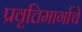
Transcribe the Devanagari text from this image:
प्रवृत्तिमार्गाचे